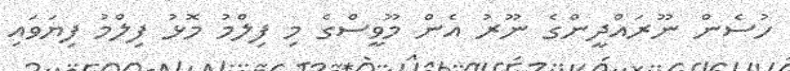
ހުސެން ނޫރައްދީންގެ ނޫރު އެން މޫވީސްގެ މި ފިލްމު މޮޅު ފިލްމު ފިޔަވައި